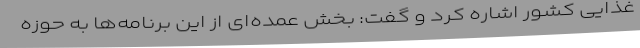
غذایی کشور اشاره کرد و گفت: بخش عمده‌ای از این برنامه‌ها به حوزه